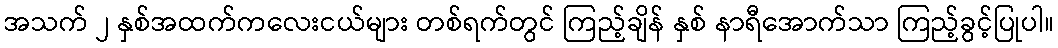
အသက် ၂ နှစ်အထက်ကလေးငယ်များ တစ်ရက်တွင် ကြည့်ချိန် နှစ် နာရီအောက်သာ ကြည့်ခွင့်ပြုပါ။